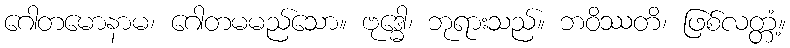
ဂေါတမောနာမ၊ ဂေါတမမည်သော။ ဗုဒ္ဓေါ၊ ဘုရားသည်။ ဘဝိဿတိ၊ ဖြစ်လတ္တံ့။